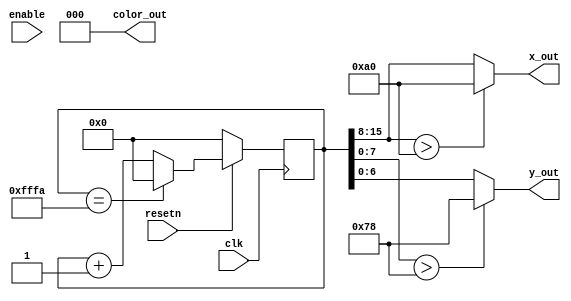
module erase_all(
    input clk, resetn, enable,
    output [7:0] x_out,
    output [6:0] y_out,
    output [2:0] color_out
);
    reg [15:0] counter;
    always @(posedge clk) begin
        if (!resetn)
            counter <= 16'd0;
        else begin
            if (counter == 16'd65530)
                counter <= 16'd0;
            else
                counter <= counter + 1'b1;
        end
    end
    assign x_out = (counter[15:8] > 8'd160) ? 8'd160 : counter[15:8];
    assign y_out = (counter[7:0] > 7'd120) ? 7'd120 : counter[7:0];
    assign color_out = 3'b000;
endmodule